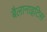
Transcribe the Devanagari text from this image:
बैलानाइटिस